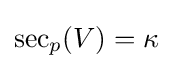
\operatorname {sec} _{p}(V)=\kappa